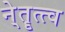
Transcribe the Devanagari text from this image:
ने्तॄत्त्व